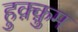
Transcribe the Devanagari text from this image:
हुक़्क़ुम